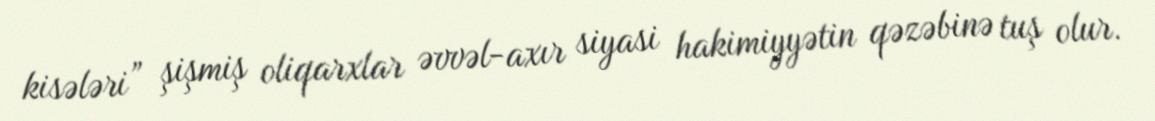
kisələri” şişmiş oliqarxlar əvvəl-axır siyasi hakimiyyətin qəzəbinə tuş olur.